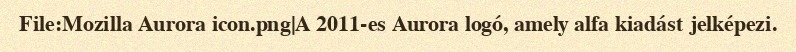
File:Mozilla Aurora icon.png|A 2011-es Aurora logó, amely alfa kiadást jelképezi.